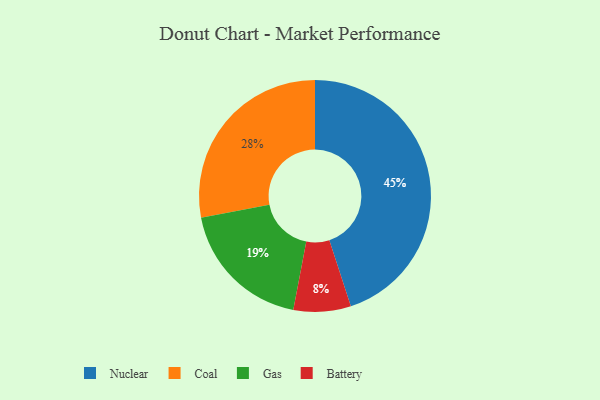
{"axis": {"x": "Category", "y": "Percentage"}, "legend": ["Battery", "Coal", "Gas", "Nuclear"], "data": [{"x": "Gas", "y": 19, "type": "Gas"}, {"x": "Coal", "y": 28, "type": "Coal"}, {"x": "Battery", "y": 8, "type": "Battery"}, {"x": "Nuclear", "y": 45, "type": "Nuclear"}]}